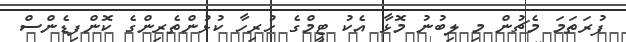
ފުރަތަމަ މެޗުން މި ލިބުނު މޮޅާ އެކު ޓީމްގެ ހުރިހާ ކުޅުންތެރިންގެ ކޮންފިޑެންސް